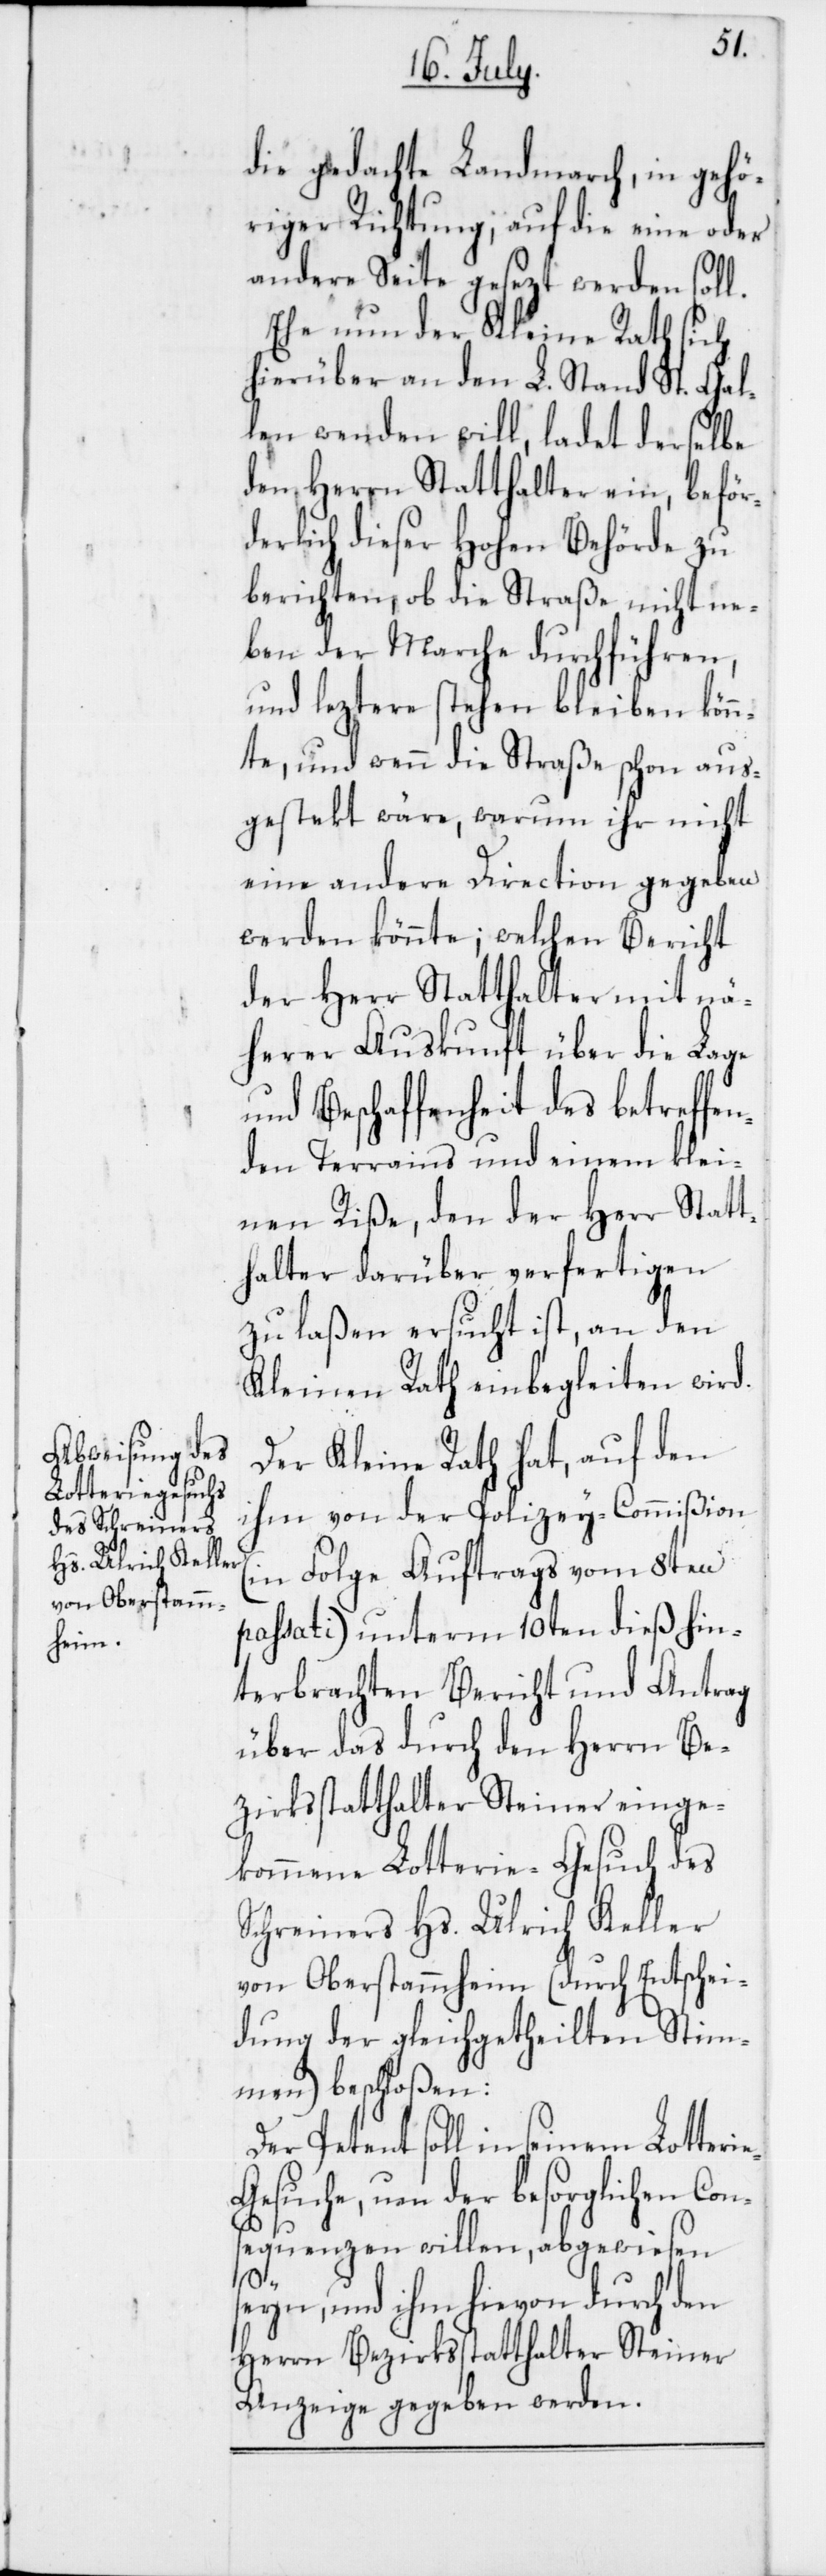
die gedachte Landmarch, in gehö¬
riger Richtung, auf die eine oder
andere Seite gesezt werden soll.
Ehe nun der Kleine Rath sich
hierüber an den L. Stand St. Gal¬
len wenden will, ladet derselbe
den Herrn Statthalter ein, beför¬
derlich dieser Hohen Behörde zu
berichten, ob die Straße nicht ne¬
ben der Marche durchführen,
und leztere stehen bleiben könn¬
te, und wenn die Straße schon aus¬
gestekt wäre, warum ihr nicht
eine andere Direction gegeben
werden könnte; welchen Bericht
der Herr Statthalter mit nä¬
herer Auskunft über die Lage
und Beschaffenheit des betreffen¬
den Terrains und einem klei¬
nen Riße, den der Herr Statt¬
halter darüber verfertigen
zu laßen ersucht ist, an den
Kleinen Rath einbegleitet wird.
Der Kleine Rath hat auf den
ihm von der Polizey-Commißion
(in Folge Auftrags vom 8ten
passati) unterm 10ten dieß hin¬
terbrachten Bericht und Antrag
über das durch den Herrn Be¬
zirksstatthalter Steiner einge¬
kommene Lotterie-Gesuch des
Schreiners Hs. Ulrich Keller
von Oberstammheim (durch Entschei¬
dung der gleichgetheilten Stim¬
men) beschloßen:
Der Petent soll in seinem Lotteri¬
esuche, um der besorglichen Con¬
sequenz willen, abgewiesen
e-G¬
seyn, und ihm hievon durch den
Herrn Bezirksstatthalter Steiner
Anzeige gegeben werden.